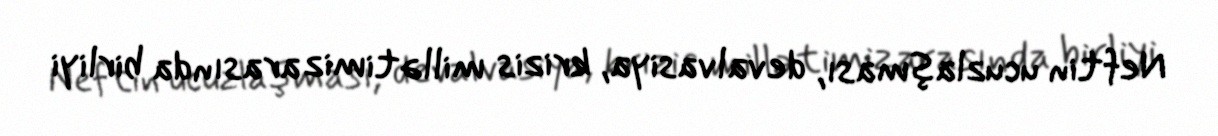
Neftin ucuzlaşması, devalvasiya, krizis millətimiz arasında birliyi